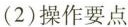
(2)操作要点